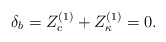
\begin{align*}\delta_b =Z_c^{(1)}+Z_\kappa^{(1)} =0.\end{align*}